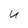
Character: u